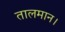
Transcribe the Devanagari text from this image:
तालमान।